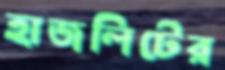
হাজলিটের